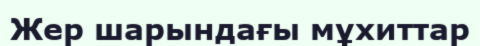
Жер шарындағы мұхиттар